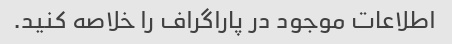
اطلاعات موجود در پاراگراف را خلاصه کنید.